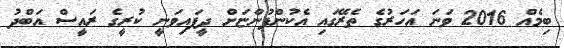
ބިމެއް 2016 ވަނަ އަހަރުގެ ތެރޭގައި އެކުންފުންޏަށް ދީފައިވަނީ ކުރީގެ ރައީސް އަބްދު